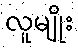
လူမျိုး